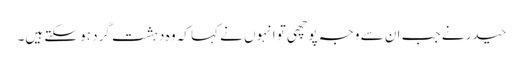
حیدر نے جب ان سے وجہ پوچھی تو انہوں نے کہا کہ وہ دہشت گرد ہو سکتے ہیں۔